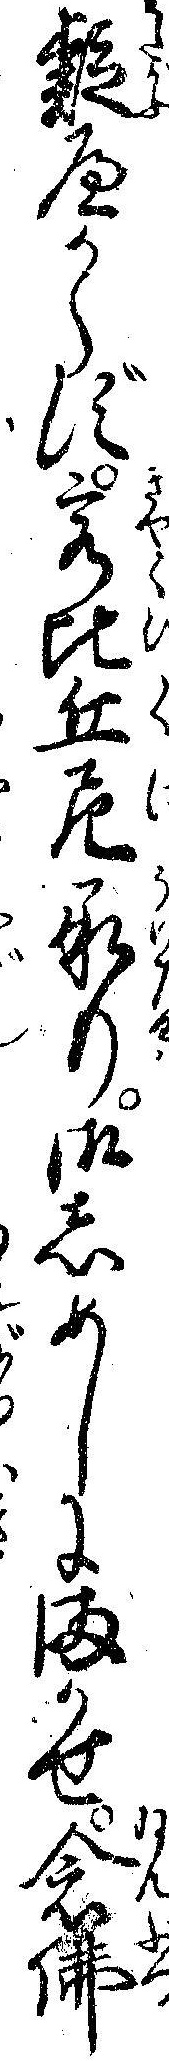
疑へからず客比丘尼承り御しめしにまかせ念仏